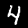
Digit: 4